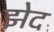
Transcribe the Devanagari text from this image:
झेद